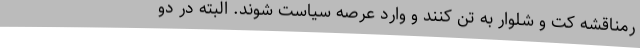
رمناقشه کت و شلوار به تن کنند و وارد عرصه سیاست شوند. البته در دو